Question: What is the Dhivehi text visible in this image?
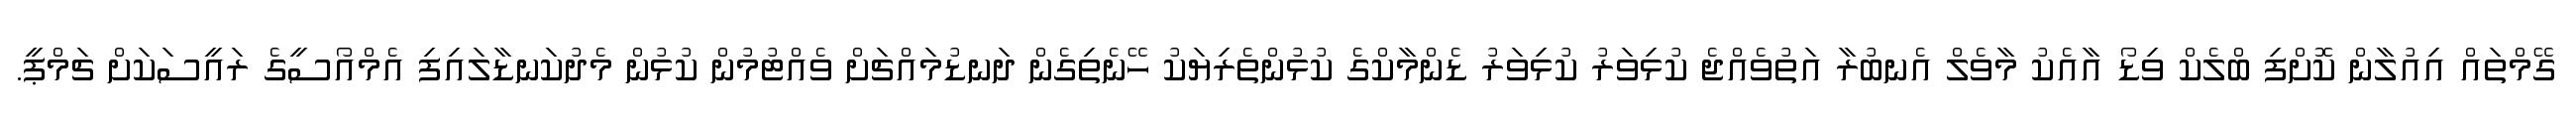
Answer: ގޭމްތައް އިއުލާން ކޮށްފި ބްލެކް ވިޑޯ އާއެކު މާވެލް އެނބުރާ އަތުވެއްޖެ ކުޅިވަރު ކުޅިވަރު ޑެންމާކްގެ ކުޅުންތެރިޔަކު ހޭނެތިގެން ދަނޑުމައްޗަށް ވެއްޓުމުން ކުޅުން މެދުކަނޑާލައިފި އެމްއޯސީގެ ރައީސަކަށް ޗަމްޕީ.